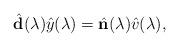
LaTeX: \begin{align*}\hat{\mathbf{d}}(\lambda)\hat{y}(\lambda)=\hat{\mathbf{n}}(\lambda)\hat{v}(\lambda), \end{align*}